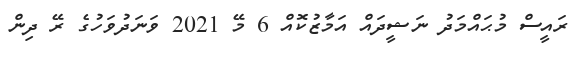
ރައީސް މުޙައްމަދު ނަޝީދައް އަމާޒުކޮއް 6 މޭ 2021 ވަނަދުވަހުގެ ރޭ ދިން